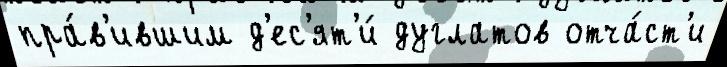
пра́в'ившим д'ес'ят'и́ дуглатов отча́ст'и